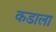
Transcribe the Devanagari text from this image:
कडाला